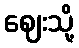
ဈေးသို့